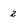
Character: 2